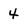
Character: 4